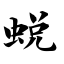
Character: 蜕